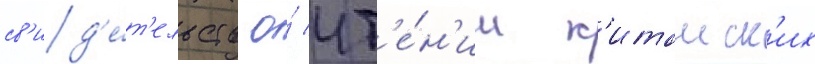
св'ид'е́т'ельств о́ чт'е́н'ии к'итаиск'их